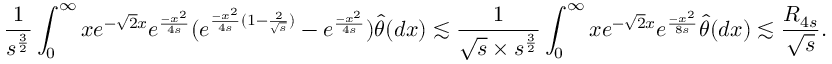
\frac { 1 } { s ^ { \frac { 3 } { 2 } } } \int _ { 0 } ^ { \infty } x e ^ { - \sqrt { 2 } x } e ^ { \frac { - x ^ { 2 } } { 4 s } } ( e ^ { \frac { - x ^ { 2 } } { 4 s } ( 1 - \frac { 2 } { \sqrt { s } } ) } - e ^ { \frac { - x ^ { 2 } } { 4 s } } ) \widehat { \theta } ( d x ) \lesssim \frac { 1 } { \sqrt { s } \times s ^ { \frac { 3 } { 2 } } } \int _ { 0 } ^ { \infty } x e ^ { - \sqrt { 2 } x } e ^ { \frac { - x ^ { 2 } } { 8 s } } \widehat { \theta } ( d x ) \lesssim \frac { R _ { 4 s } } { \sqrt { s } } .